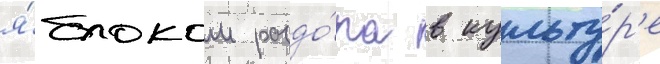
я́блоком раздо́ра в культу́р'е